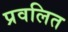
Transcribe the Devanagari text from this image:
प्रवलित